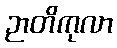
ဉာတိကုလာ